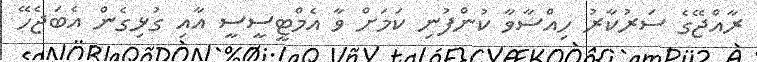
ރާއްޖޭގެ ސަރުކާރު ހިއްސާވާ ކުންފުނި ކަމަށް ވާ އެމްޓީސީސީ އާއި ގުޅިގެން އެބަޖެހޭ